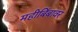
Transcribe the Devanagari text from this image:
महीबिंबावर